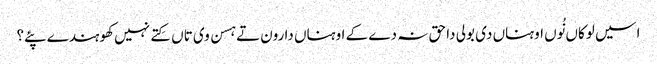
اسیں لوکاں نُوں اوہناں دی بولی دا حق نہ دے کے اوہناں دا رون تے ہسن وی تاں کِتے نہیں کھوہندے پئے؟